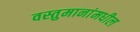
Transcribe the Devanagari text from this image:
वस्तुमानांमधील